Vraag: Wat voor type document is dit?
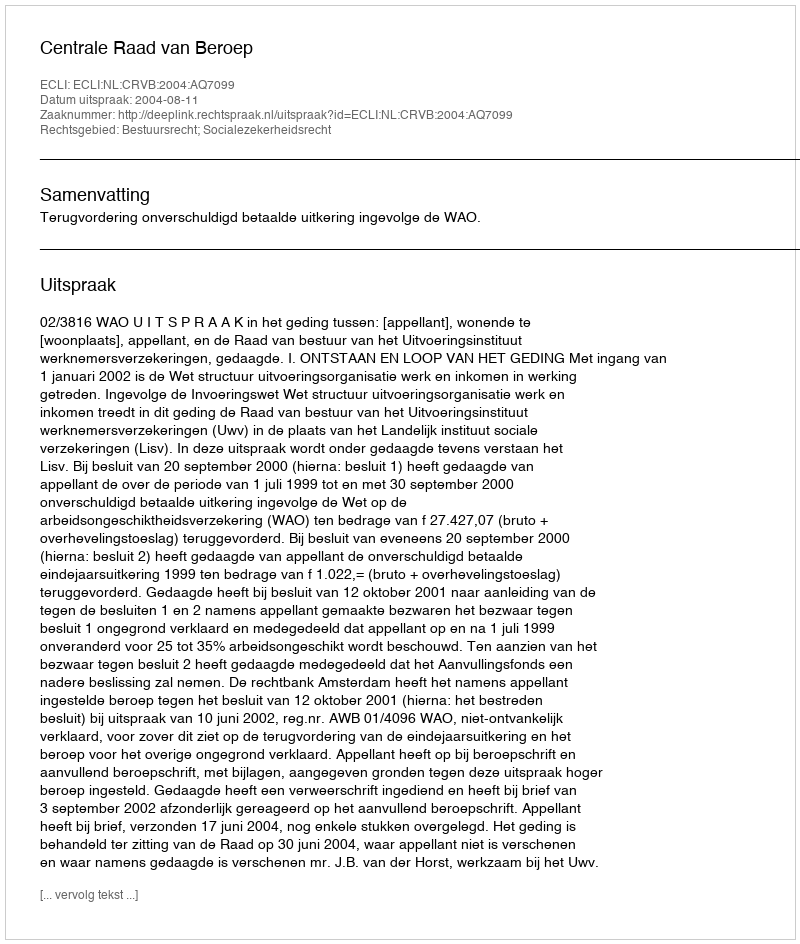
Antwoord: Uitspraak